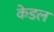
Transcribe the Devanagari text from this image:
केडल